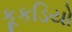
કૂકડિયો